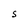
Character: S